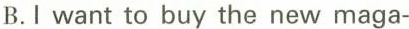
B.I want to buy the new maga-